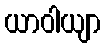
ယာဝါယျာ